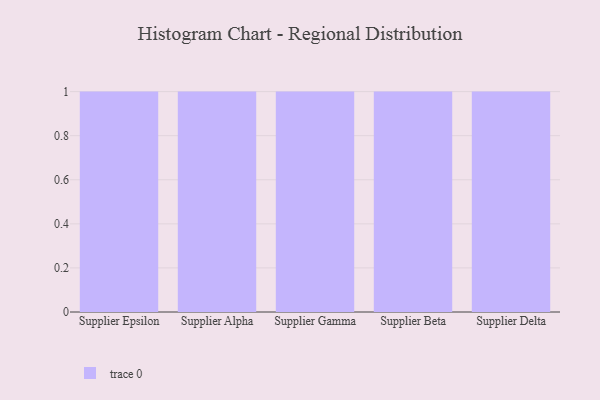
{"axis": {"x": "Supplier", "y": "Gross Profit (USD K)"}, "legend": [""], "data": [{"x": "Supplier Epsilon", "y": 24, "type": ""}, {"x": "Supplier Alpha", "y": 89, "type": ""}, {"x": "Supplier Gamma", "y": 82, "type": ""}, {"x": "Supplier Beta", "y": 56, "type": ""}, {"x": "Supplier Delta", "y": 98, "type": ""}]}